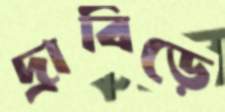
দ্রাবিড়ে